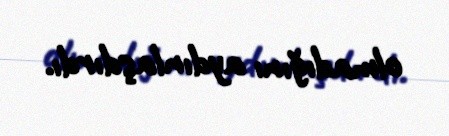
olmadığını aydınlaşdırdı.